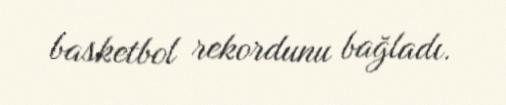
basketbol rekordunu bağladı.